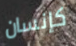
كإنسان